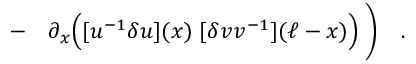
\qquad - \quad \partial _ { x } \Bigl ( [ u ^ { - 1 } \delta u ] ( x ) \; [ \delta v v ^ { - 1 } ] ( \ell - x ) \Bigr ) \; \biggr ) \quad .